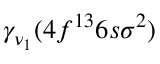
\gamma _ { \nu _ { 1 } } ( 4 f ^ { 1 3 } 6 s \sigma ^ { 2 } )